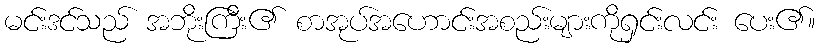
မင်းဒင်သည် အဘိုးကြီး၏ စာအုပ်အဟောင်းအစည်းများကိုရှင်းလင်း ပေး၏။